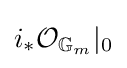
i_{*}{\mathcal {O}}_{\mathbb {G} _{m}}|_{0}